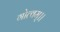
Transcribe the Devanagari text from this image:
गोत्वम्।।